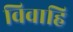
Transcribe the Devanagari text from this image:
विवाहि